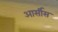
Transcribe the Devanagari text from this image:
आर्सीस